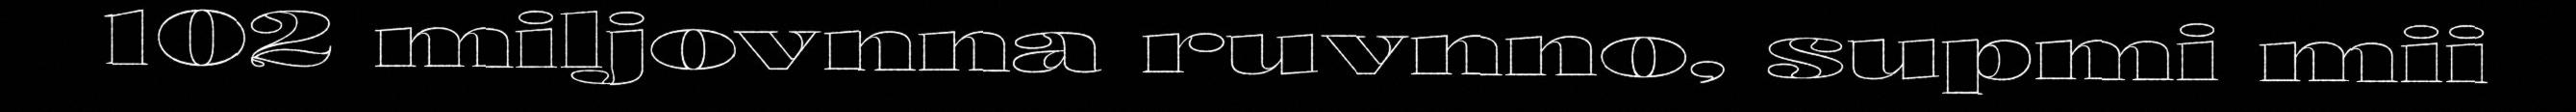
102 miljovnna ruvnno, supmi mii